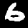
Digit: 6